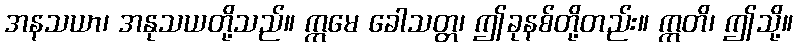
အနသယာ၊ အနုသယတို့သည်။ ဣမေ ခေါသတ္တ၊ ဤခုနစ်တို့တည်း။ ဣတိ၊ ဤသို့။